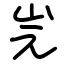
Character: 𡵧